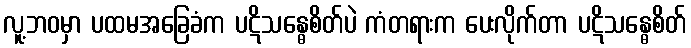
လူ့ဘဝမှာ ပထမအခြေခံက ပဋိသန္ဓေစိတ်ပဲ ကံတရားက ပေးလိုက်တာ ပဋိသန္ဓေစိတ်